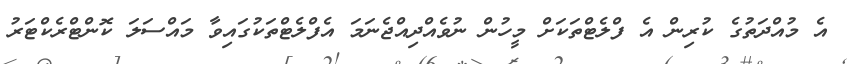
އެ މުއްދަތުގެ ކުރިން އެ ފްލެޓްތަކަށް މީހުން ނުވެއްދިއްޖެނަމަ އެފްލެޓްތަކުގައިވާ މައްސަލަ ކޮންޓްރެކްޓަރު